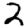
Digit: 2